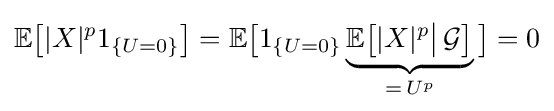
\mathbb {E} {\bigl [}|X|^{p}1_{\{U=0\}}{\bigr ]}=\mathbb {E} {\bigl [}1_{\{U=0\}}\underbrace {\mathbb {E} {\bigl [}|X|^{p}{\big |}\,{\mathcal {G}}{\bigr ]}} _{=\,U^{p}}{\bigr ]}=0